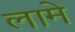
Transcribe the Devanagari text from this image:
लामे